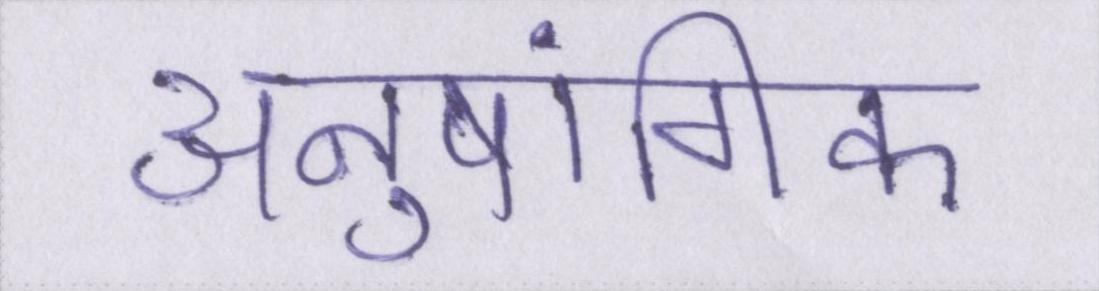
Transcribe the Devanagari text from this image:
अनुषांगिक